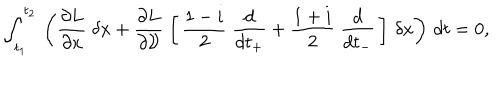
\int _ { t _ { 1 } } ^ { t _ { 2 } } \, \left( \frac { \partial L } { \partial x } \; \delta x + \frac { \partial L } { \partial { \cal V } } \; \left[ \, \frac { 1 - i } { 2 } \; \frac { d } { d t _ { + } } + \frac { 1 + i } { 2 } \; \frac { d } { d t _ { - } } \, \right] \, \delta x \right) \, d t = 0 ,